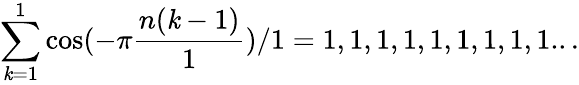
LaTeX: \sum_{\mathit{k}=1}^{1}\cos(-\pi{\frac{{n(\mathit{k}-1)}}{{1}}})/1=1,1,1,1,1,1,1,1,1...